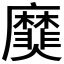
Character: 𪎫